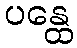
ပန္ထေ